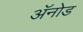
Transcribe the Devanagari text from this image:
अॅनोड